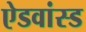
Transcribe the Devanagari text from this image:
ऐडवांस्ड